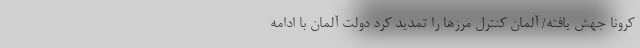
کرونا جهش یافته/ آلمان کنترل مرزها را تمدید کرد دولت آلمان با ادامه